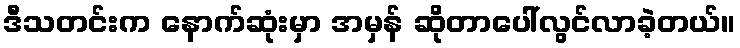
ဒီသတင်းက နောက်ဆုံးမှာ အမှန် ဆိုတာပေါ်လွင်လာခဲ့တယ်။